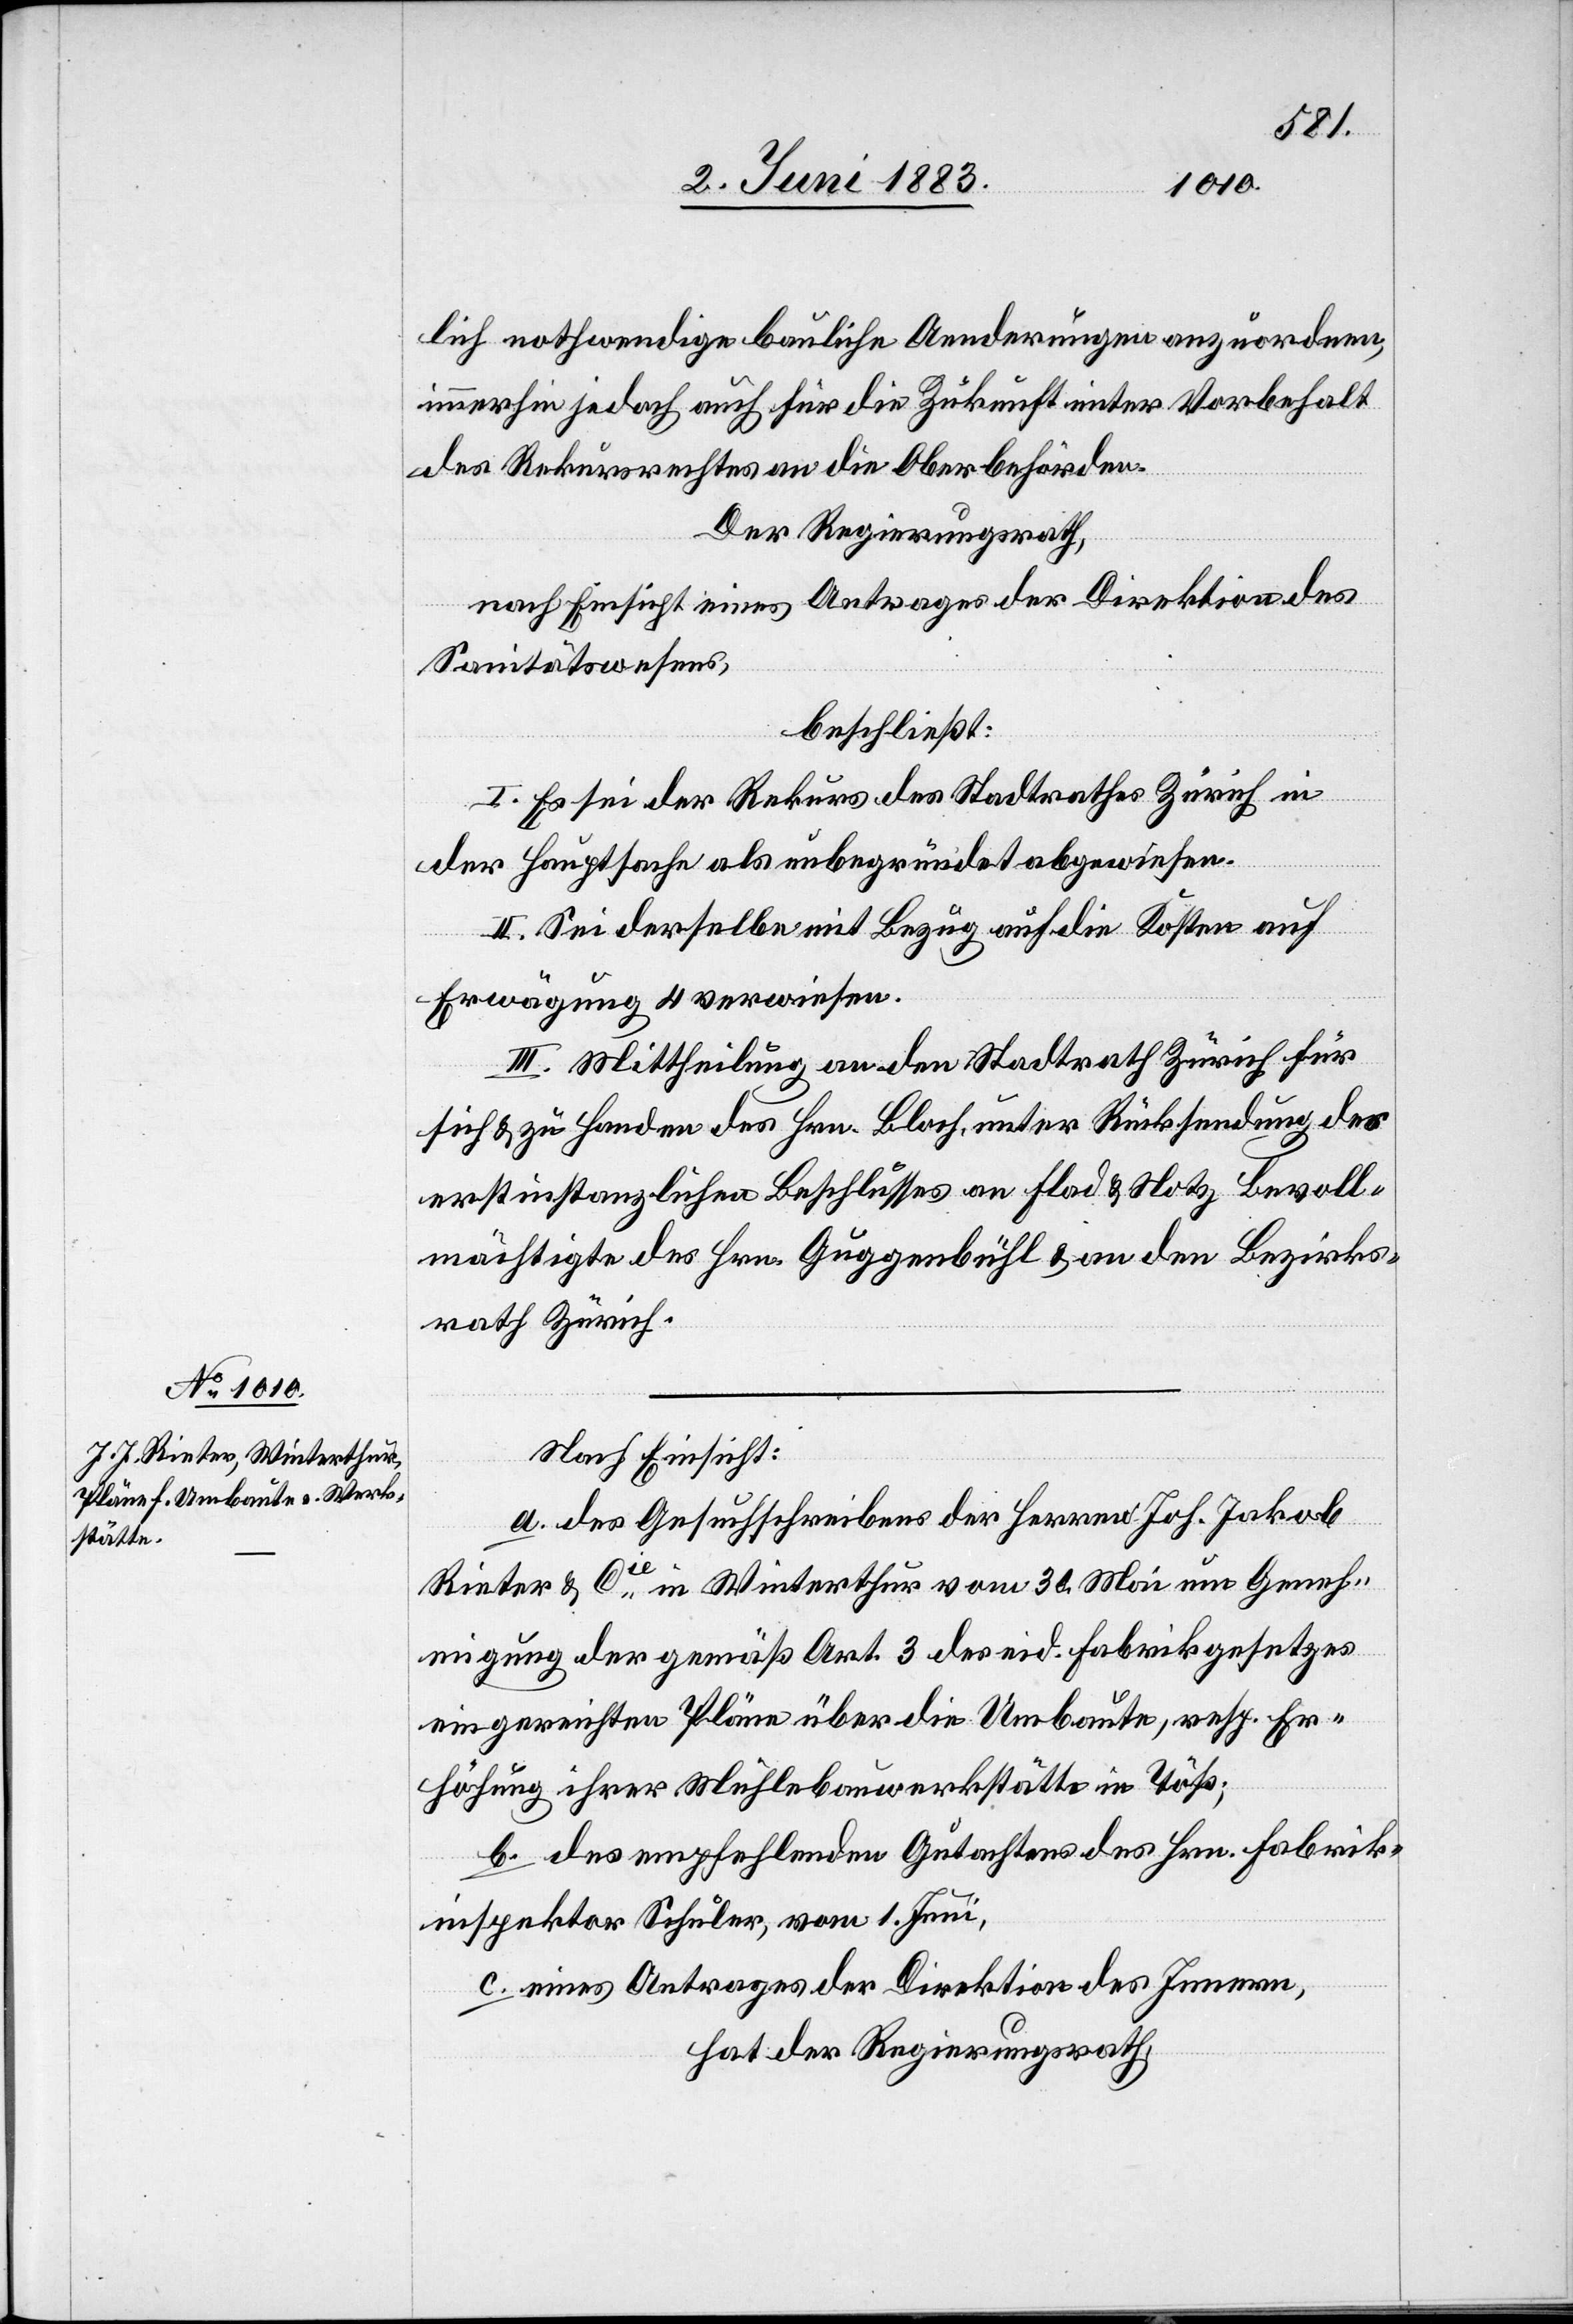
lich nothwendige bauliche Aenderungen anzuordnen,
immerhin jedoch auch für die Zukunft unter Vorbehalt
des Rekursrechtes an die Oberbehörden.
Der Regierungsrath,
nach Einsicht eines Antrages der Direktion des
Sanitätswesens,
beschließt:
I. Es sei der Rekurs des Stadtrathes Zürich in
der Hauptsache als unbegründet abgewiesen.
II. Sei derselbe mit Bezug auf die Kosten auf
Erwägung 4 verwiesen.
III. Mittheilung an den Stadtrath Zürich für
sich & zu Handen des Hrn. Bloch, unter Rücksendung des
erstinstanzlichen Beschlusses an Flad & Notz Bevoll¬
mächtigte des Hrn. Guggenbühl & an den Bezirks¬
rath Zürich.
Nach Einsicht:
a. des Gesuchschreibens der Herren Joh. Jakob
Rieter & Cie in Winterthur vom 30. Mai um Genehm¬
igung der gemäß Art. 3 des eid. Fabrikgesetzes
eingereichten Pläne über die Umbaute, resp. Er¬
höhung ihrer Mühlebauwerkstsätte in Töß;
b. des empfehlenden Gutachtens des Hrn. Fabrik¬
inspektor Schuler, vom 1. Juni.
c. eines Antrages der Direktion des Innern,
hat der Regierungsrath,